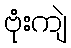
ဗုံးကျဲ